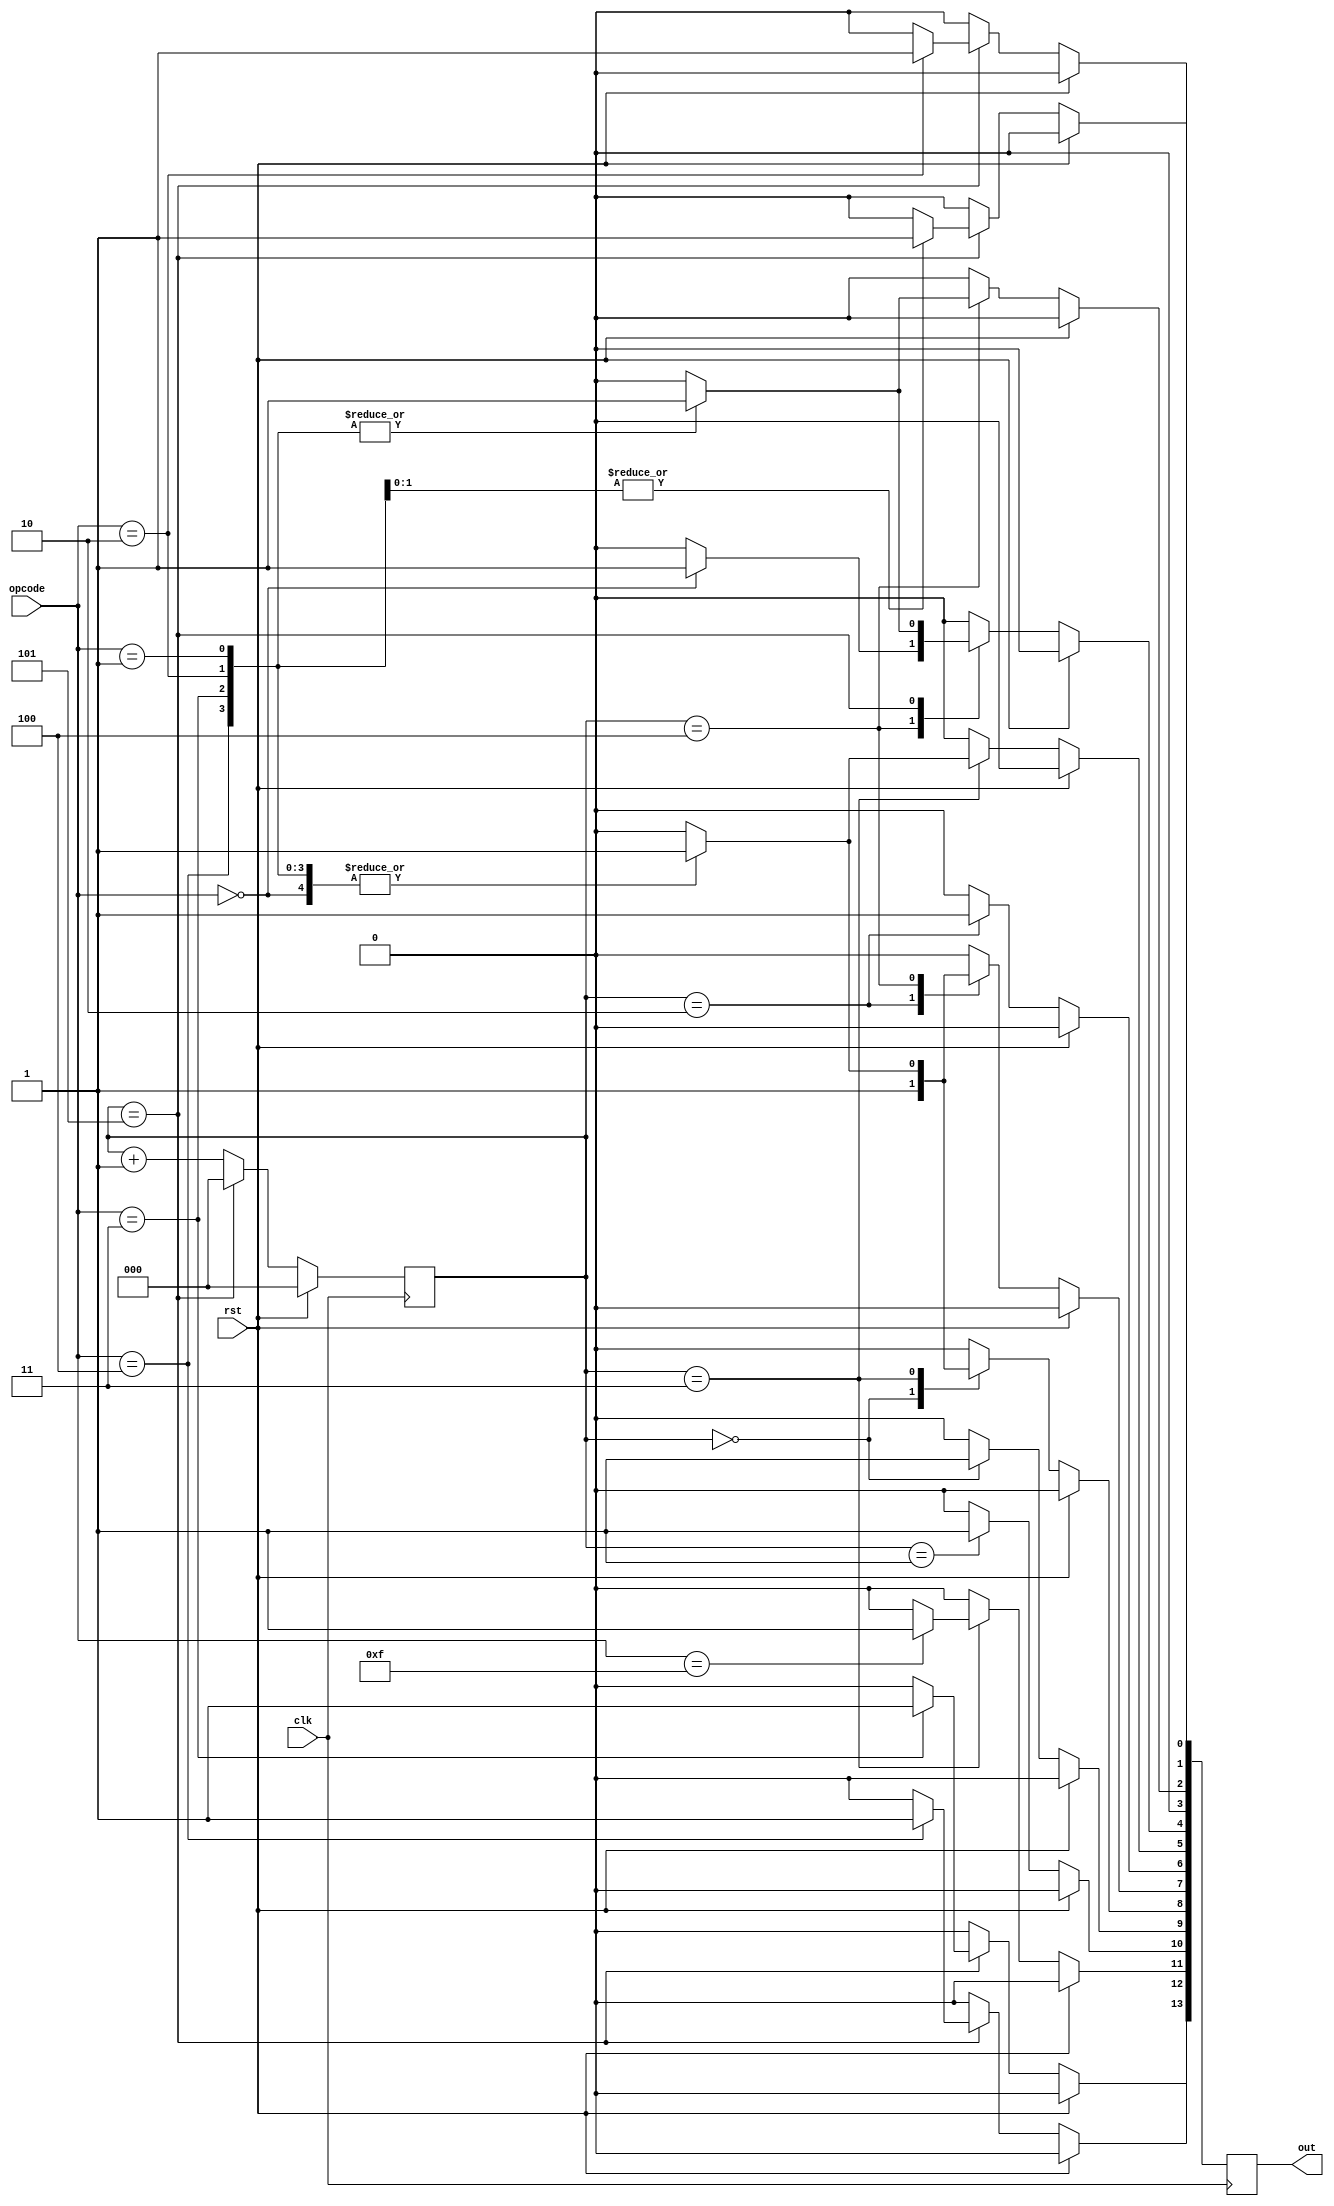
module controller(
    input       clk,
    input       rst,
    input[3:0]  opcode,
    output reg[13:0] out
    );

    localparam SIG_HLT       = 11;
    localparam SIG_PC_INC    = 10;
    localparam SIG_PC_EN     = 9;
    localparam SIG_MEM_LOAD  = 8;
    localparam SIG_MEM_EN    = 7;
    localparam SIG_IR_LOAD   = 6;
    localparam SIG_IR_EN     = 5;
    localparam SIG_A_LOAD    = 4;
    localparam SIG_A_EN      = 3;
    localparam SIG_B_LOAD    = 2;
    localparam SIG_ADDER_SUB = 1;
    localparam SIG_ADDER_EN  = 0;
    
    // New signals for MUL and DIV operations
    localparam SIG_MULTIPLIER_EN = 12; // New signal for multiplier enable
    localparam SIG_DIVIDER_EN    = 13; // New signal for divider enable
    
    localparam OP_LDA = 4'b0000;
    localparam OP_ADD = 4'b0001;
    localparam OP_SUB = 4'b0010;
    localparam OP_MUL = 4'b0011; // New operation code for MUL
    localparam OP_DIV = 4'b0100; // New operation code for DIV
    localparam OP_HLT = 4'b1111;
    
    reg [2:0]  stage;
    reg [13:0] control_word; // Adjusted size to accommodate new signals
    
    always @(posedge clk) begin
        // Reset condition
        if (rst) begin
            stage <= 0;
            control_word <= 14'b0; // Adjusted size
        end else begin
            // Stage transition logic
            if (stage == 5) begin
                stage <= 0;
                control_word <= 14'b0; // Reset control_word at the end of each cycle
            end else begin
                stage <= stage + 1;
            end
            
            // Default to no operation
            control_word <= 14'b0; // Ensure control_word is reset at each cycle start
            
            case (stage)
                0: begin
                    control_word[SIG_PC_EN] <= 1;
                    control_word[SIG_MEM_LOAD] <= 1;
                end
                1: begin
                    control_word[SIG_PC_INC] <= 1;
                end
                2: begin
                    control_word[SIG_MEM_EN] <= 1;
                    control_word[SIG_IR_LOAD] <= 1;
                end
                3: begin
                    case (opcode)
                        OP_LDA: begin
                            control_word[SIG_IR_EN] <= 1;
                            control_word[SIG_MEM_LOAD] <= 1;
                        end
                        OP_ADD, OP_SUB, OP_MUL, OP_DIV: begin // Combined for clarity
                            control_word[SIG_IR_EN] <= 1;
                            control_word[SIG_MEM_LOAD] <= 1;
                        end
                        OP_HLT: begin
                            control_word[SIG_HLT] <= 1;
                        end
                    endcase
                end
                4: begin
                    case (opcode)
                        OP_LDA: begin
                            control_word[SIG_MEM_EN] <= 1;
                            control_word[SIG_A_LOAD] <= 1;
                        end
                        OP_ADD, OP_SUB, OP_MUL, OP_DIV: begin // Load B for these operations
                            control_word[SIG_MEM_EN] <= 1;
                            control_word[SIG_B_LOAD] <= 1;
                        end
                    endcase
                end
                5: begin
                    case (opcode)
                        OP_ADD: begin
                            control_word[SIG_ADDER_EN] <= 1;
                            control_word[SIG_A_LOAD] <= 1;
                        end
                        OP_SUB: begin
                            control_word[SIG_ADDER_SUB] <= 1;
                            control_word[SIG_ADDER_EN] <= 1;
                            control_word[SIG_A_LOAD] <= 1;
                        end
                        OP_MUL: begin // Enable multiplier and load result to A
                            control_word[SIG_MULTIPLIER_EN] <= 1; // Highlighting new control
                            control_word[SIG_A_LOAD] <= 1;
                        end
                        OP_DIV: begin // Enable divider and load result to A
                            control_word[SIG_DIVIDER_EN] <= 1; // Highlighting new control
                            control_word[SIG_A_LOAD] <= 1;
                        end
                    endcase
                end
            endcase
        end
    end
    
    // Output only the relevant 12 bits for compatibility with existing infrastructure
    assign out[13:0] = control_word[13:0]; 
endmodule